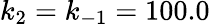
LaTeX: k_{2}=k_{-1}=100.0